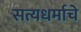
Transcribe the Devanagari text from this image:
सत्यधर्माचे